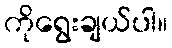
ကိုရွေးချယ်ပါ။